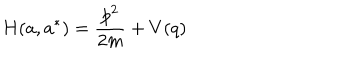
H ( a , a ^ { * } ) = { \frac { p ^ { 2 } } { 2 m } } + V ( q )